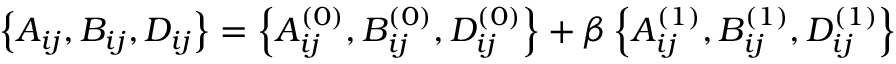
\left\{ { A } _ { i j } , { B } _ { i j } , { D } _ { i j } \right\} = \left\{ { A } _ { i j } ^ { ( 0 ) } , { B } _ { i j } ^ { ( 0 ) } , { D } _ { i j } ^ { ( 0 ) } \right\} + \beta \left\{ { A } _ { i j } ^ { ( 1 ) } , { B } _ { i j } ^ { ( 1 ) } , { D } _ { i j } ^ { ( 1 ) } \right\}